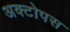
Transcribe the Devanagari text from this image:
अक्टोपस